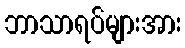
ဘာသာရပ်များအား